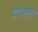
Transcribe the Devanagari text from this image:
पेटिकासम